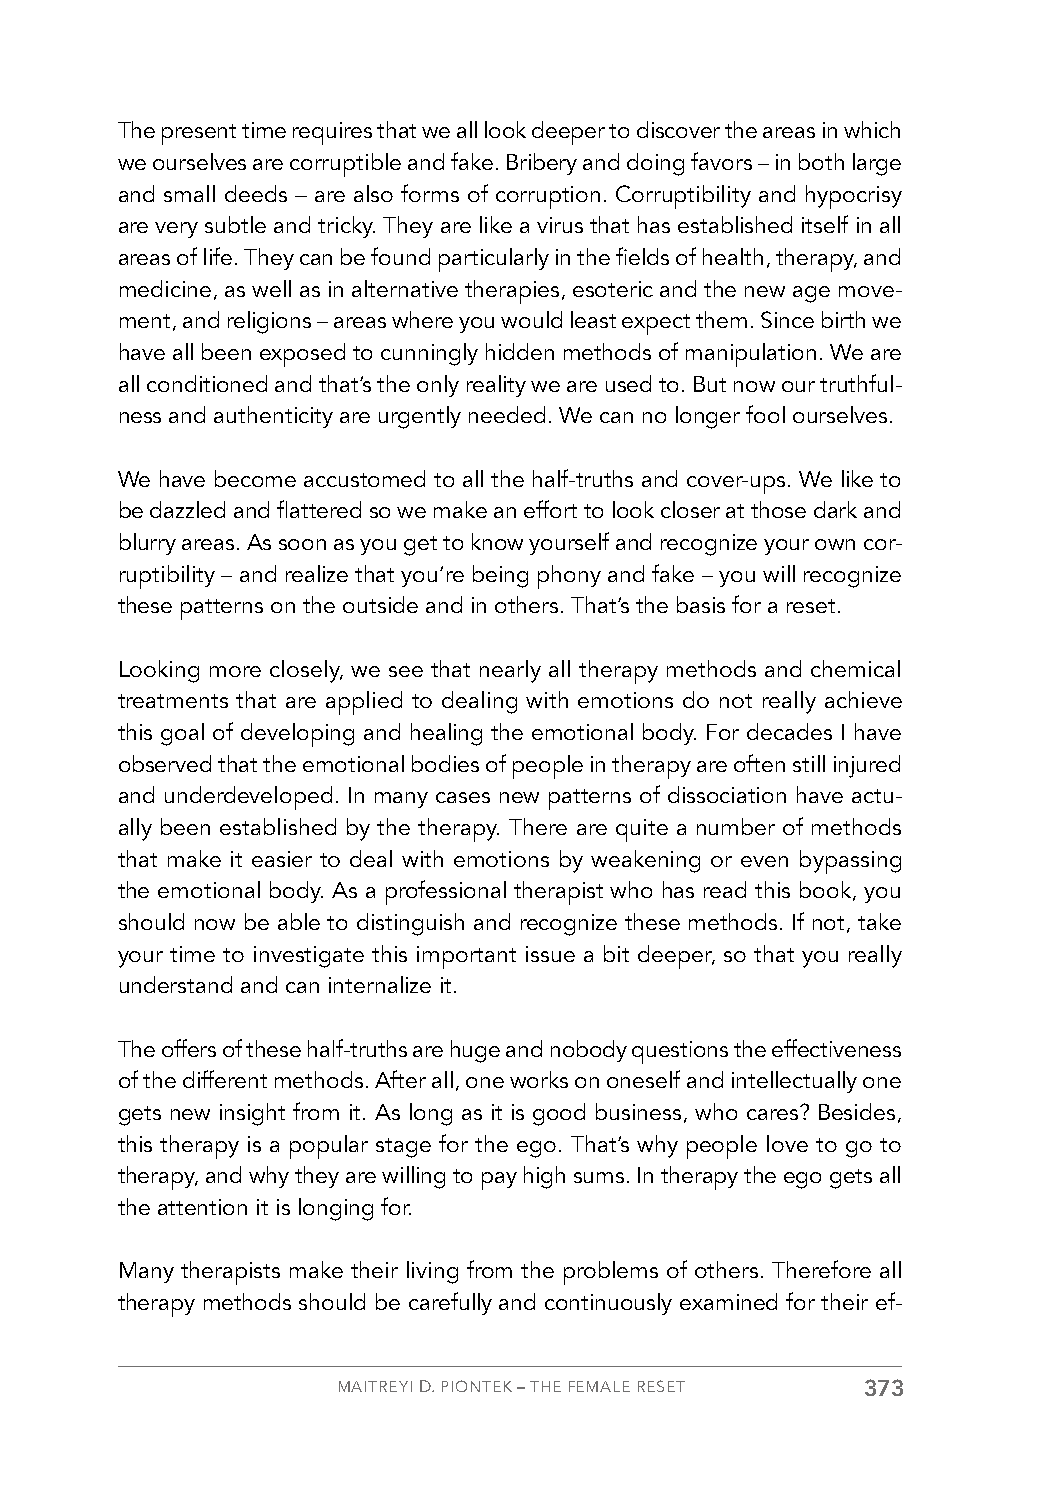
The present time requires that we all look deeper to discover the areas in which
 we ourselves are corruptible and fake. Bribery and doing favors – in both large
 and small deeds – are also forms of corruption. Corruptibility and hypocrisy
 are very subtle and tricky. They are like a virus that has established itself in all
 areas of life. They can be found particularly in the fields of health, therapy, and
 medicine, as well as in alternative therapies, esoteric and the new age move-
 ment, and religions – areas where you would least expect them. Since birth we
 have all been exposed to cunningly hidden methods of manipulation. We are
 all conditioned and that’s the only reality we are used to. But now our truthful-
 ness and authenticity are urgently needed. We can no longer fool ourselves.
 We have become accustomed to all the half-truths and cover-ups. We like to
 be dazzled and flattered so we make an effort to look closer at those dark and
 blurry areas. As soon as you get to know yourself and recognize your own cor-
 ruptibility – and realize that you’re being phony and fake – you will recognize
 these patterns on the outside and in others. That’s the basis for a reset.
 Looking more closely, we see that nearly all therapy methods and chemical
 treatments that are applied to dealing with emotions do not really achieve
 this goal of developing and healing the emotional body. For decades I have
 observed that the emotional bodies of people in therapy are often still injured
 and underdeveloped. In many cases new patterns of dissociation have actu-
 ally been established by the therapy. There are quite a number of methods
 that make it easier to deal with emotions by weakening or even bypassing
 the emotional body. As a professional therapist who has read this book, you
 should now be able to distinguish and recognize these methods. If not, take
 your time to investigate this important issue a bit deeper, so that you really
 understand and can internalize it.
 The offers of these half-truths are huge and nobody questions the effectiveness
 of the different methods. After all, one works on oneself and intellectually one
 gets new insight from it. As long as it is good business, who cares? Besides,
 this therapy is a popular stage for the ego. That’s why people love to go to
 therapy, and why they are willing to pay high sums. In therapy the ego gets all
 the attention it is longing for.
 Many therapists make their living from the problems of others. Therefore all
 therapy methods should be carefully and continuously examined for their ef-
 MAITREYI D. PIONTEK – THE FEMALE RESET 373